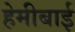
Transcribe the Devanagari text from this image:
हेमीबाई